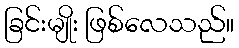
ခြင်းမျိုး ဖြစ်လေသည်။